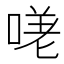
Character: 𭉈